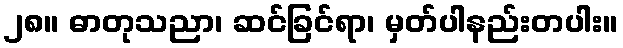
၂၈။ ဓာတုသညာ၊ ဆင်ခြင်ရာ၊ မှတ်ပါနည်းတပါး။